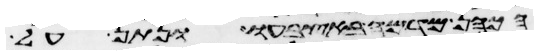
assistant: הכהן מדמה באצבעו ונתן על